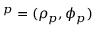
{ \v O } ^ { p } = ( \rho _ { p } , \phi _ { p } )